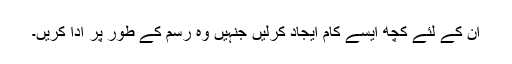
ان کے لئے کچھ ایسے کام ایجاد کرلیں جنہیں وہ رسم کے طور پر ادا کریں۔